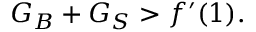
G _ { B } + G _ { S } > f ^ { \prime } ( 1 ) .